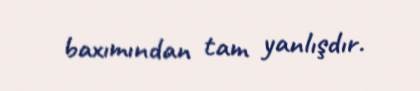
baxımından tam yanlışdır.